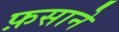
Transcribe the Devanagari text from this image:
फ़साने